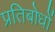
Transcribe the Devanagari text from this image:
प्रतिबोधों